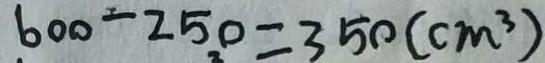
6 0 0 - 2 5 0 = 3 5 0 ( c m ^ { 3 } )